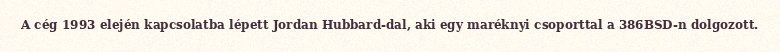
A cég 1993 elején kapcsolatba lépett Jordan Hubbard-dal, aki egy maréknyi csoporttal a 386BSD-n dolgozott.